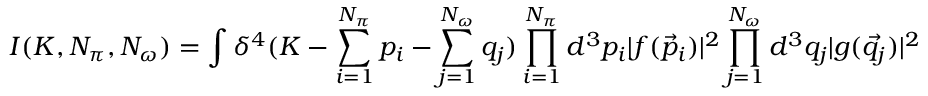
I ( K , N _ { \pi } , N _ { \omega } ) = \int \delta ^ { 4 } ( K - \sum _ { i = 1 } ^ { N _ { \pi } } p _ { i } - \sum _ { j = 1 } ^ { N _ { \omega } } q _ { j } ) \prod _ { i = 1 } ^ { N _ { \pi } } d ^ { 3 } p _ { i } | f ( \vec { p } _ { i } ) | ^ { 2 } \prod _ { j = 1 } ^ { N _ { \omega } } d ^ { 3 } q _ { j } | g ( \vec { q } _ { j } ) | ^ { 2 }